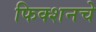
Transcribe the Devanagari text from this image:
फिक्शनचे